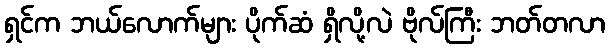
ရှင်က ဘယ်လောက်များ ပိုက်ဆံ ရှိလို့လဲ ဗိုလ်ကြီး ဘတ်တလာ